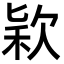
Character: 𣣅